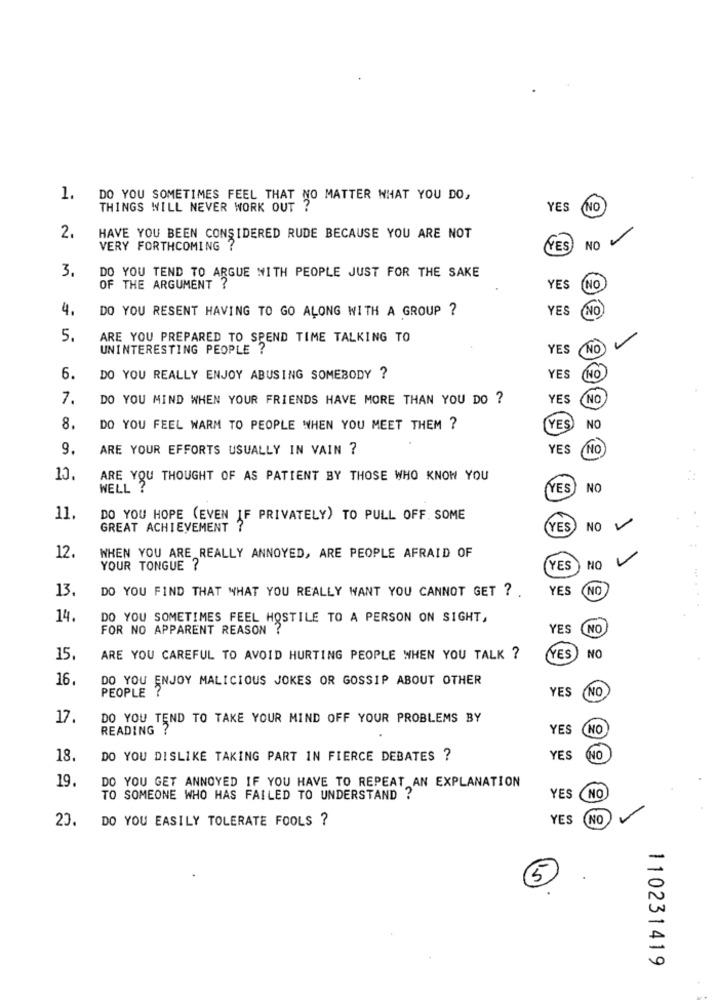
1.
DO YOU SOMETIMES FEEL THAT NO MATTER WHAT YOU DO,
THINGS WILL NEVER WORK OUT
YES
NO
2.
HAVE YOU BEEN CONSIDERED RUDE BECAUSE YOU ARE NOT
VERY FORTHCOMING ?
YES
NO
3.
DO YOU TEND TO ARGUE WITH PEOPLE JUST FOR THE SAKE
OF THE ARGUMENT ?
YES
NO
4.
DO YOU RESENT HAVING TO GO ALONG WITH A GROUP ?
YES
NO
5.
ARE YOU PREPARED TO SPEND TIME TALKING TO
UNINTERESTING PEOPLE ?
YES
NO
6.
DO YOU REALLY ENJOY ABUSING SOMEBODY ?
YES
NO
7.
DO YOU MIND WHEN YOUR FRIENDS HAVE MORE THAN YOU DO ?
YES
NO
8.
DO YOU FEEL WARM TO PEOPLE WHEN YOU MEET THEM ?
YES
NO
9.
ARE YOUR EFFORTS USUALLY IN VAIN ?
YES
NO
10.
ARE YOU THOUGHT OF AS PATIENT BY THOSE WHO KNOW YOU
WELL ?
YES
NO
11
DO YOU HOPE (EVEN IF PRIVATELY) TO PULL OFF. SOME
GREAT ACHIEVEMENT
(YES
NO
12.
WHEN YOU ARE REALLY ANNOYED, ARE PEOPLE AFRAID OF
YOUR TONGUE ?
YES
NO
13.
DO YOU FIND THAT WHAT YOU REALLY WANT YOU CANNOT GET ?
YES
(NO
14.
DO YOU SOMETIMES FEEL HOSTILE TO A PERSON ON SIGHT,
FOR NO APPARENT REASON ?
YES
NO
15.
ARE YOU CAREFUL TO AVOID HURTING PEOPLE WHEN YOU TALK ?
YES
NO
16.
DO YOU ENJOY MALICIOUS JOKES OR GOSSIP ABOUT OTHER
PEOPLE ?
YES
NO
17.
DO YOU TEND TO TAKE YOUR MIND OFF YOUR PROBLEMS BY
READING ?
YES
NO
18.
DO YOU DISLIKE TAKING PART IN FIERCE DEBATES ?
YES
NO
19.
DO YOU GET ANNOYED IF YOU HAVE TO REPEAT AN EXPLANATION
TO SOMEONE WHO HAS FAILED TO UNDERSTAND ?
YES NO
23.
DO YOU EASILY TOLERATE FOOLS ?
YES
NO
5
110231419